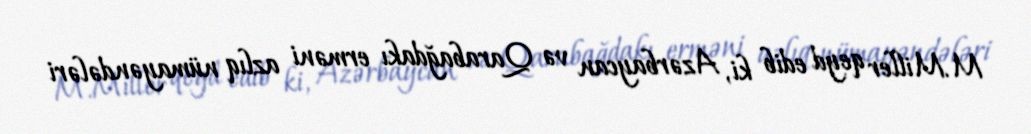
M.Miller qeyd edib ki, Azərbaycan və Qarabağdakı erməni azlıq nümayəndələri